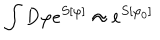
LaTeX: \int D \varphi e ^ { S [ \varphi ] } \approx e ^ { S [ \varphi _ { 0 } ] }